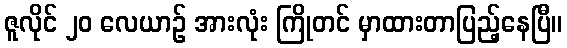
ဇူလိုင် ၂၀ လေယာဉ် အားလုံး ကြိုတင် မှာထားတာပြည့်နေပြီ။